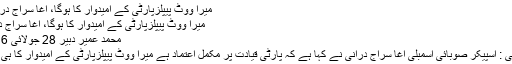
میرا ووٹ پیپلزپارٹی کے امیدوار کا ہوگا، آغا سراج درانی -
میرا ووٹ پیپلزپارٹی کے امیدوار کا ہوگا، آغا سراج درانی
محمد عمیر دبیر 28 جولائی 2016
کراچی : اسپیکر صوبائی اسمبلی آغا سراج درانی نے کہا ہے کہ پارٹی قیادت پر مکمل اعتماد ہے میرا ووٹ پیپلزپارٹی کے امیدوار کا ہی ہوگا۔